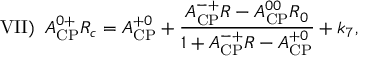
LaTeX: \mathrm { V I I } ) \; \; { \cal A } _ { \mathrm { C P } } ^ { 0 + } R _ { c } = { \cal A } _ { \mathrm { C P } } ^ { + 0 } + { \frac { A _ { \mathrm { C P } } ^ { - + } R - { \cal A } _ { \mathrm { C P } } ^ { 0 0 } R _ { 0 } } { 1 + { \cal A } _ { \mathrm { C P } } ^ { - + } R - A _ { \mathrm { C P } } ^ { + 0 } } } + k _ { 7 } ,